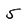
Character: 5